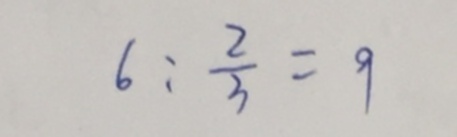
6 : \frac { 2 } { 3 } = 9